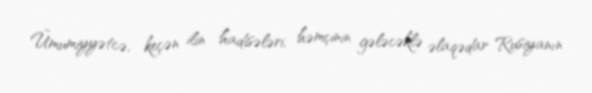
Ümumiyyətcə, keçən ilin hadisələri, həmçinin gələcəklə əlaqədar Rusiyanın